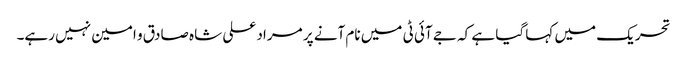
تحریک میں کہا گیا ہے کہ جے آئی ٹی میں نام آنے پر مراد علی شاہ صادق و امین نہیں رہے۔